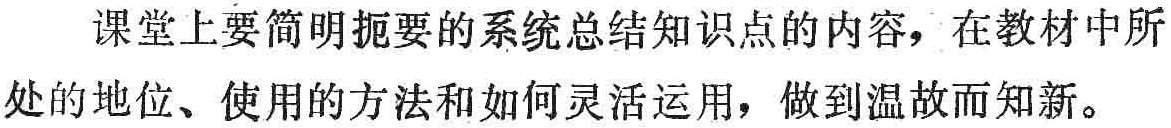
课堂上要简明扼要的系统总结知识点的内容，在教材中所处的地位、使用的方法和如何灵活运用，做到温故而知新。